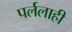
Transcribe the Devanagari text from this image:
पर्ललाही